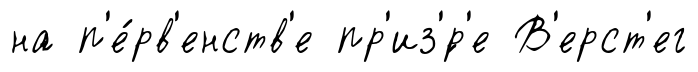
на п'е́рв'енств'е пр'из'́р'е В'ерст'ег